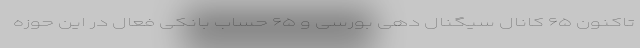
تاکنون ۶۵ کانال سیگنال دهی بورسی و ۶۵ حساب بانکی فعال در این حوزه